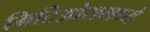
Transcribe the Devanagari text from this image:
मिटिओरामध्ये